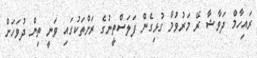
ރައިހާމް ދަވާޝާ ރޭ މަރުވުމާ ގުޅިގެން ފަލަސްތީނުގެ ރަށްތަކުގައި ވަނީ ތިން ދުވަހަށް